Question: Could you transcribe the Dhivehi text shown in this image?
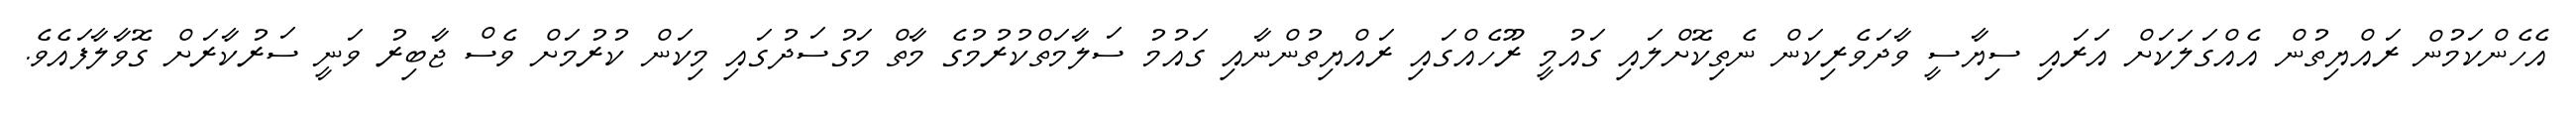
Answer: އެހެންކަމުން ރައްޔިތުން އެއްގަލަކަށް އަރައި ސިޔާސީ ވާދަވެރިކަން ނެތިކޮށްލައި ގައުމީ ރޫހެއްގައި ރައްޔިތުންނާއި ގައުމު ސަލާމަތްކުރުމުގެ މާތް މަގުސަދުގައި މިކަން ކުރުމަށް ވެސް ޖާބިރު ވަނީ ސަރުކާރަށް ގޮވާލާފައެވެ.